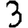
Digit: 3